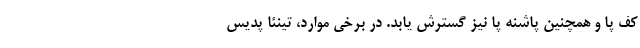
کف پا و همچنین پاشنه پا نیز گسترش یابد. در برخی موارد، تینئا پدیس